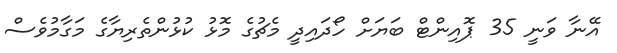
އޭނާ ވަނީ 35 ޕޮއިންޓް ބަޔަށް ހޯދައިދީ މެޗުގެ މޮޅު ކުޅުންތެރިޔާގެ މަގާމުވެސް